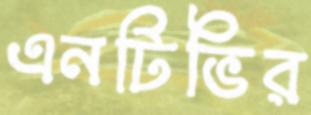
এনটিভির